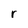
Character: r